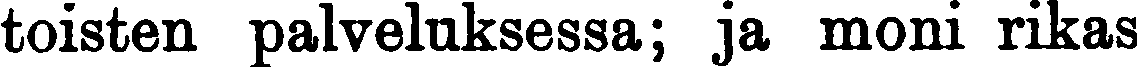
toisten palveluksessa; ja moni rikas